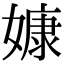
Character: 嫝